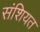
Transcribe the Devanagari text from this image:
संशियत